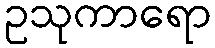
ဥသုကာရော